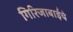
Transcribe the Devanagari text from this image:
गिरिजाबाईंचे